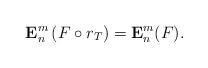
LaTeX: \begin{align*}\mathbf{E}^m_n\left(F\circ r_T\right)=\mathbf{E}^m_n(F). \end{align*}